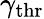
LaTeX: \gamma_{\mathrm{thr}}